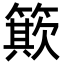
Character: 𥳽